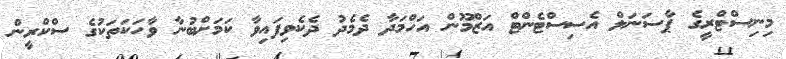
މިނިސްޓްރީގެ ޕާސަނަލް އެސިސްޓެންޓް އަޒްމޫން އަހްމަދާ ދެމެދު ދެކެވިފައިވާ ކަމަށްބުނާ ވާހަކަތަކުގެ ސްކްރީން